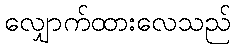
လျှောက်ထားလေသည်